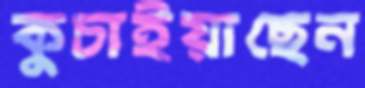
কুচাইয়াছেন